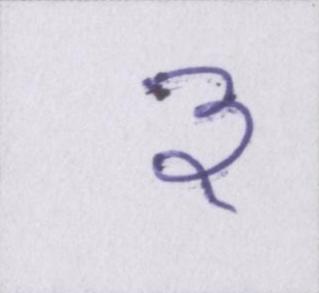
३